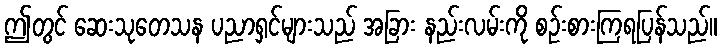
ဤတွင် ဆေးသုတေသန ပညာရှင်များသည် အခြား နည်းလမ်းကို စဉ်းစားကြရပြန်သည်။